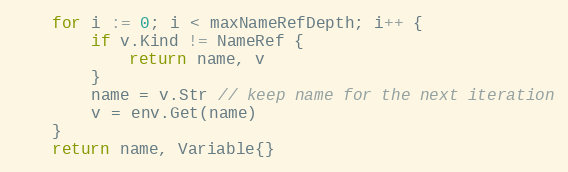
Language: Go
	for i := 0; i < maxNameRefDepth; i++ {
		if v.Kind != NameRef {
			return name, v
		}
		name = v.Str // keep name for the next iteration
		v = env.Get(name)
	}
	return name, Variable{}